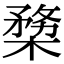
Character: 𣖶